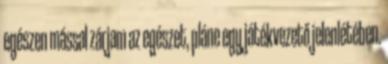
egészen mással zárjam az egészet, pláne egy játékvezető jelenlétében.